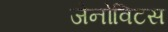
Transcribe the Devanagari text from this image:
जेनोविटस